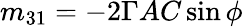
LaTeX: m_{31}=-2\Gamma AC\sin\phi